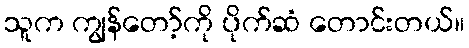
သူက ကျွန်တော့်ကို ပိုက်ဆံ တောင်းတယ်။